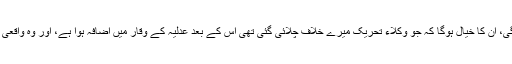
اپنی اتنی بے بسی پر حیرانگی بھی ہوئی ہوگی، ان کا خیال ہوگا کہ جو وکلاء تحریک میرے خلاف چلائی گئی تھی اس کے بعد عدلیہ کے وقار میں اضافہ ہوا ہے، اور وہ واقعی ایک آزاد اور خودمختار عدلیہ بن گئی ہوگی۔